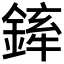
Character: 𨩏